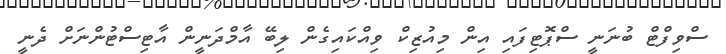
ސްވިފްޓް ބުނަނީ ސްޕޮޓިފައި އިން މިއުޒިކް ވިއްކައިގެން ލިބޭ އާމްދަނީން އާޓިސްޓުންނަށް ދެނީ